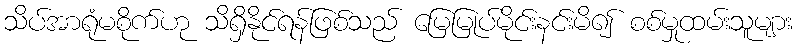
သိပ်အာရုံမစိုက်ဟု သိရှိနိုင်ရန်ဖြစ်သည် မြေမြုပ်မိုင်းနင်းမိ၍ စစ်မှုထမ်းသူများ